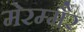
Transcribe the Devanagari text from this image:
मेरम्मैर